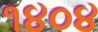
૧૪૦૪